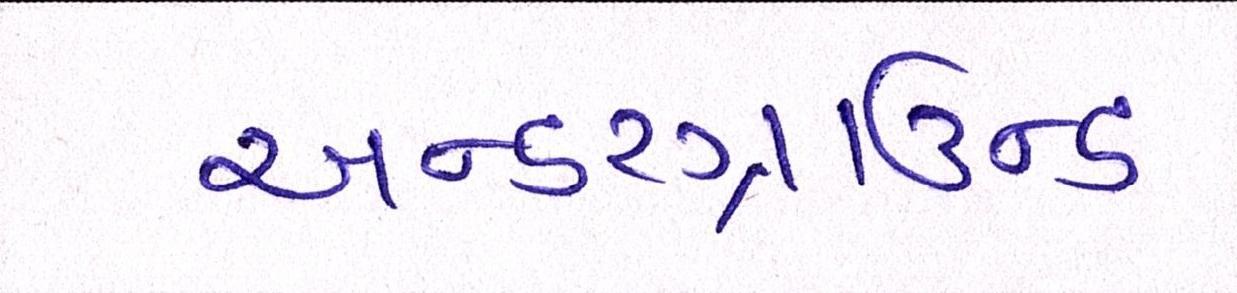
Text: અન્ડરગ્રાઉન્ડ